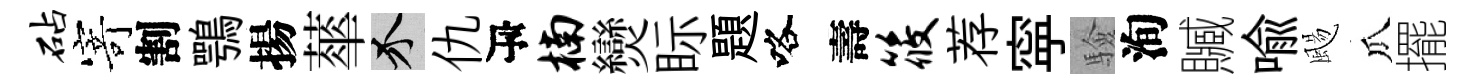
砧𭔃割鶚揚蕐介仇瓴楠𤓖眎題咯壽筱荐寜驗洵贓喩颺瓜擺